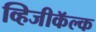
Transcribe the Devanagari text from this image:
व्हिजीकॅल्क